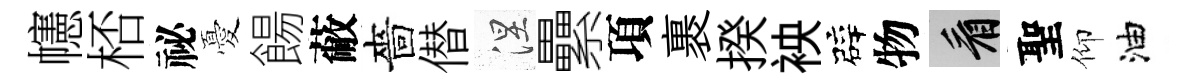
幰桮祕憂餳蔽嗇僣涅纍項裹揆䘧辟物看聖仰油